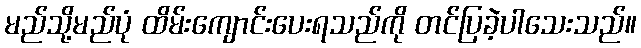
မည်သို့မည်ပုံ ထိမ်းကျောင်းပေးရသည်ကို တင်ပြခဲ့ပါသေးသည်။